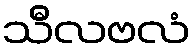
သီလဗလံ